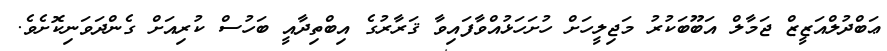
ޢަބްދުލްއަޒީޒް ޖަމާލް އަބޫބަކުރު މަޖިލީހަށް ހުށަހަޅުއްވާފައިވާ ޤަރާރުގެ އިބްތިދާއީ ބަހުސް ކުރިއަށް ގެންދަވަނިކޮށެވެ.